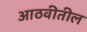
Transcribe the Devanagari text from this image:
आठवीतील